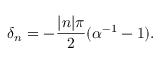
\delta _ { n } = - { \frac { | n | \pi } { 2 } } ( \alpha ^ { - 1 } - 1 ) .